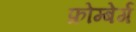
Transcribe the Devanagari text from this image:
फ्रोम्बेर्ग